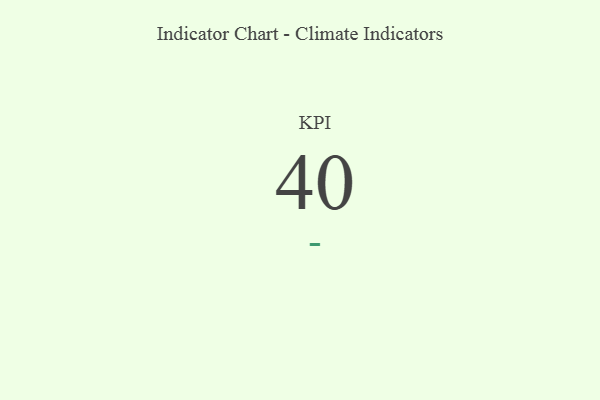
{"axis": {"x": "KPI", "y": "Value"}, "legend": [""], "data": [{"x": "KPI", "y": 40, "type": ""}]}